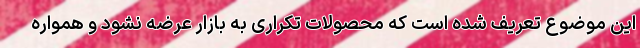
این موضوع تعریف شده است که محصولات تکراری به بازار عرضه نشود و همواره